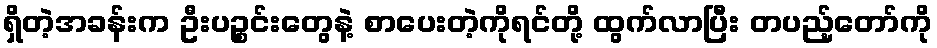
ရှိတဲ့အခန်းက ဦးပဉ္စင်းတွေနဲ့ စာပေးတဲ့ကိုရင်တို့ ထွက်လာပြီး တပည့်တော်ကို